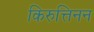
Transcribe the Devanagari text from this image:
किरुत्तिनन